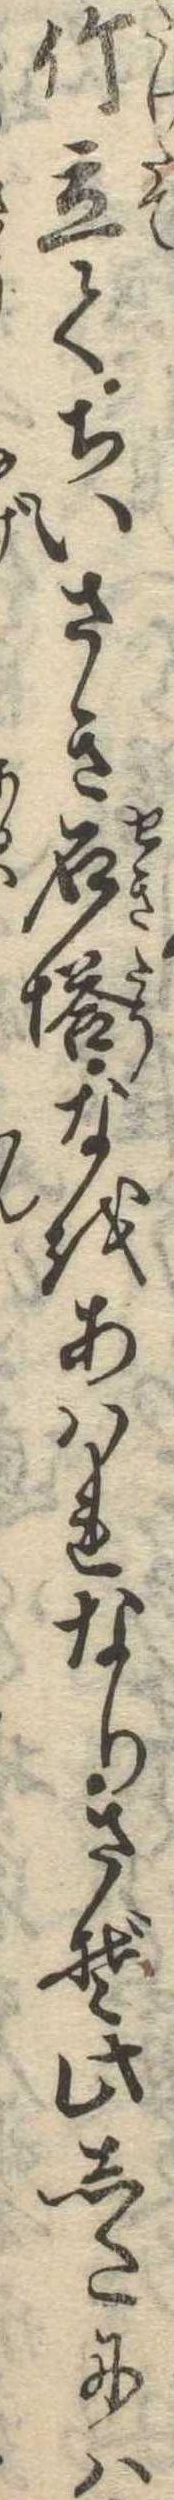
竹立てちいさき石塔なをあはれなりさぞ此したには